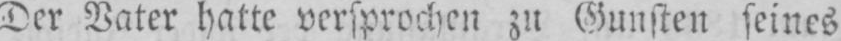
Der Vater hatte versprochen zu Gunsten seines